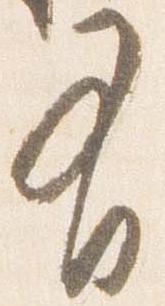
有